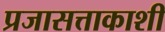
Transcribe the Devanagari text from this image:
प्रजासत्ताकाशी